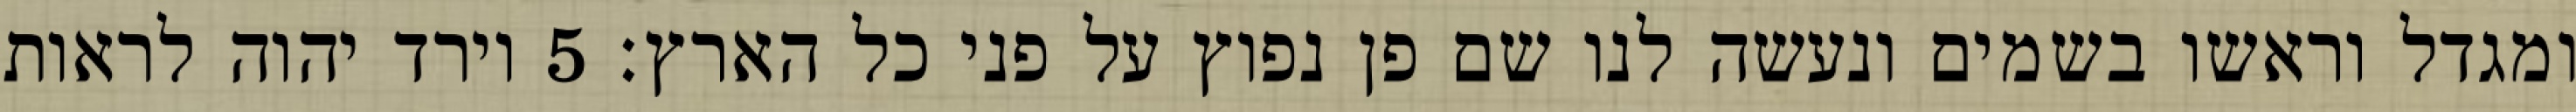
ומגדל וראשו בשמים ונעשה לנו שם פן נפוץ על פני כל הארץ׃ ‎5‏ וירד יהוה לראות